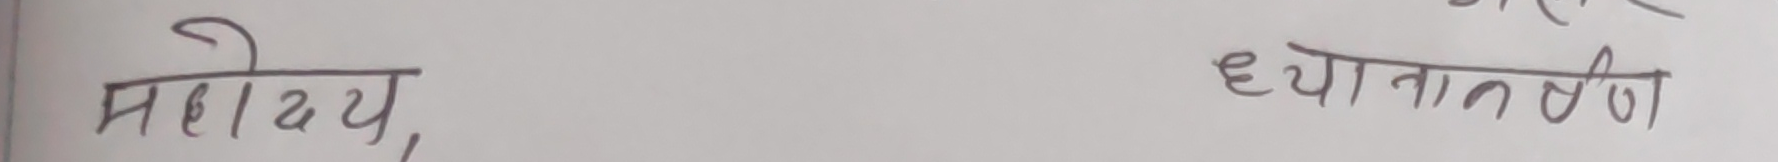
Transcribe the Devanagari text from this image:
महोदय,
ध्यानाकर्षण